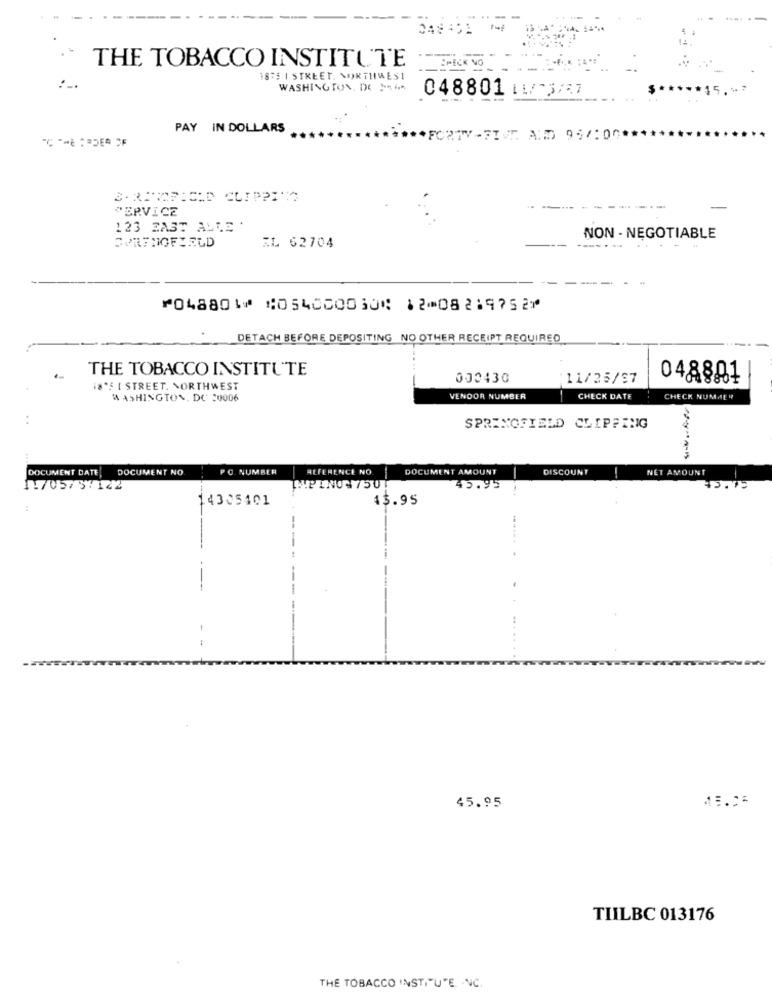
THE TOBACCO INSTITUTE
SPECK NO
1875 1 STREET. NORTHMES1
WASHINGTON, DE Mi
048801 11/ 5/27
PAY IN DOLLARS
Am 95/100*
"ERVICE
123 EAST ALLE .
SPRINGFIELD
NON - NEGOTIABLE
ZL 62704
....... .
⑈048801⑈ ⑆054000030⑆ 12⑉08219752⑈
DETACH BEFORE DEPOSITING NO OTHER RECEIPT REQUIRED
THE TOBACCO INSTITUTE
000430
11/25/97
048801
18OF I STREET. NORTHWEST
WASHINGTON, DC 20006
VENDOR NUMBER
CHECK DATE
CHECK NUMAL !!
SPRINGFIELD CLIPPING
DOCUMENT NO
PO NUMBER
ALFERENCE NO
DOCUMENT AMOUNT
DISCOUNT
NET AMOUNT
DOCUMENT DATE
1.705/3/142
MPINON7501
45.95
15.99
14305401
43.95
---
- -
45.95
TIILBC 013176
THE TOBACCO INSTITUTE. . NC.